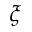
\xi